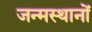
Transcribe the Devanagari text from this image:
जन्मस्थानों